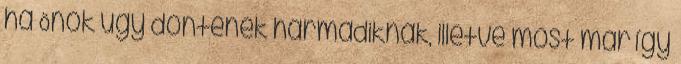
ha Önök úgy döntenek harmadiknak, illetve most már így